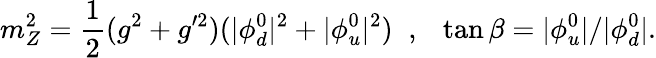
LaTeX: m_{Z}^{2}=\frac{1}{2}(g^{2}+g^{\prime 2})(|\phi_{d}^{0}|^{2}+|\phi_{u}^{0}|^{2})\; \; ,\; \; \: \tan\beta=|\phi_{u}^{0}|/|\phi_{d}^{0}|.